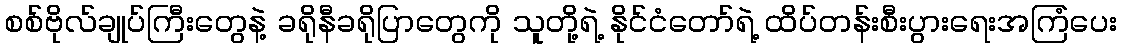
စစ်ဗိုလ်ချုပ်ကြီးတွေနဲ့ ခရိုနီခရိုပြာတွေကို သူတို့ရဲ့ နိုင်ငံတော်ရဲ့ ထိပ်တန်းစီးပွားရေးအကြံပေး